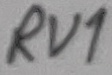
Text: RV1